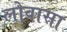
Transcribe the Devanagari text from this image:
लोवासा